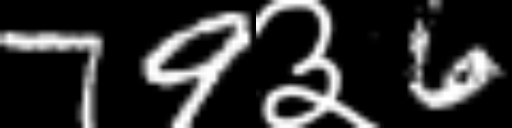
Text: 79३6